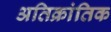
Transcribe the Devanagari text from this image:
अतिक्रांतिक